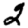
Digit: 2